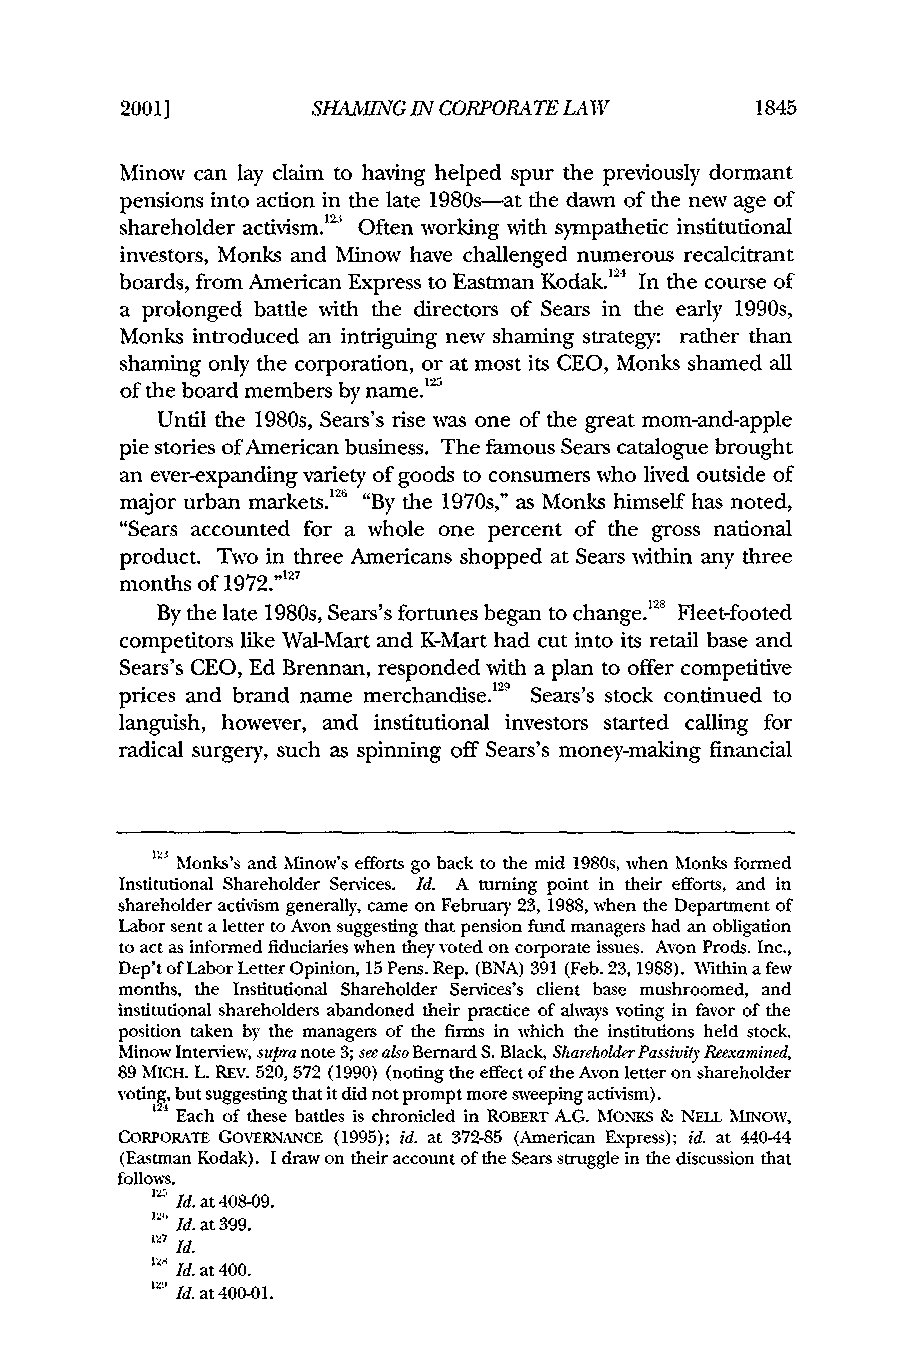
2001]        SlAMING IN CORPORATE LAW     1845
 Minow can lay claim to having helped spur the previously dormant
 pensions into action in the late 1980s-at the dawrn of the new age of
 shareholder activism.'2 Often working with sympathetic institutional
 investors, Monks and Minow have challenged numerous recalcitrant
 boards, from American Express to Eastman Kodak.24 In the course of
 a prolonged battle with the directors of Sears in the early 1990s,
 Monks introduced an intriguing new shaming strategy: rather than
 shaming only the corporation, or at most its CEO, Monks shamed all
 of the board members by name.'25
 Until the 1980s, Sears's rise was one of the great mom-and-apple
 pie stories of American business. The famous Sears catalogue brought
 an ever-expanding variety of goods to consumers who lived outside of
 major urban markets.12 "By the 1970s," as Monks himself has noted,
 6
 "Sears accounted for a whole one percent of the gross national
 product. Two in three Americans shopped at Sears within any three
 months of 1972."I7r
 By the late 1980s, Sears's fortunes began to change. 8 Fleet-footed
 competitors like Wal-Mart and K-Mart had cut into its retail base and
 Sears's CEO, Ed Brennan, responded with a plan to offer competitive
 prices and brand name merchandise. 9 Sears's stock continued to
 languish, however, and institutional investors started calling for
 radical surgery, such as spinning off Sears's money-making financial
 U-4M onks's and Minow's efforts go back to the mid 1980s, when Monks formed
 Institutional Shareholder Services. Id. A turning point in their efforts, and in
 shareholder activism generally, came on February 23, 1988, when the Department of
 Labor sent a letter to Avon suggesting that pension fund managers had an obligation
 to act as informed fiduciaries when they voted on corporate issues. Avon Prods. Inc.,
 Dep't of Labor Letter Opinion, 15 Pens. Rep. (BNA) 391 (Feb. 23, 1988). Within a few
 months, the Institutional Shareholder Services's client base mushroomed, and
 institutional shareholders abandoned their practice of always voting in favor of the
 position taken by the managers of the firms in which the institutions held stock,
 Minow Interview, supra note 3; see also Bernard S. Black, ShareholderP assivityR eexamined,
 89 MICH. L. REv. 520, 572 (1990) (noting the effect of the Avon letter on shareholder
 voting, but suggesting that it did not prompt more sweeping activism).
 4 Each of these battles is chronicled in ROBERT A.G. MONKS & NELL MINOW,
 CORPORATE GOVERNANCE (1995); id. at 372-85 (American Express); id. at 440-44
 (Eastman Kodak). I draw on their account of the Sears struggle in the discussion that
 follows.
 IL, Id. at 408-09.
 r.' Id. at 399.
 127 Id.
 Id. at 400.
 , Id. at 400-01.